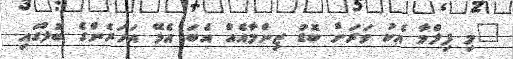
"މި ފިލްމާ އެކު ވަރަށް ބޮޑު ޒިންމާއެއް އެބަ އެޅޭ އަހަރެންގެ ބޮލުގައި.